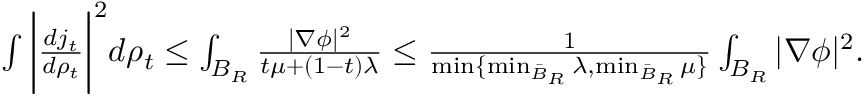
\begin{array} { r } { \int \bigg | \frac { d j _ { t } } { d \rho _ { t } } \bigg | ^ { 2 } d \rho _ { t } \le \int _ { B _ { R } } \frac { | \nabla \phi | ^ { 2 } } { t \mu + ( 1 - t ) \lambda } \le \frac { 1 } { \operatorname* { m i n } \{ \operatorname* { m i n } _ { \bar { B } _ { R } } \lambda , \operatorname* { m i n } _ { \bar { B } _ { R } } \mu \} } \int _ { B _ { R } } | \nabla \phi | ^ { 2 } . } \end{array}